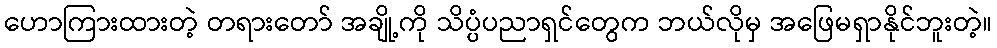
ဟောကြားထားတဲ့ တရားတော် အချို့ကို သိပ္ပံပညာရှင်တွေက ဘယ်လိုမှ အဖြေမရှာနိုင်ဘူးတဲ့။